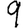
Digit: 9